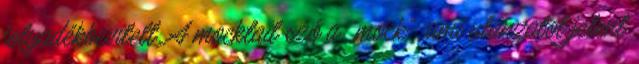
folyadékbevitelt. A mocktail szó a „mock”, ami utánzatot jelent